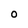
Character: O